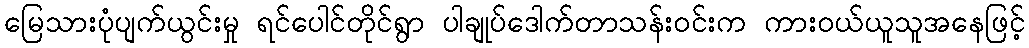
မြေသားပုံပျက်ယွင်းမှု ရင်ပေါင်တိုင်ရွာ ပါချုပ်ဒေါက်တာသန်းဝင်းက ကားဝယ်ယူသူအနေဖြင့်